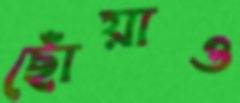
ছোঁয়াও